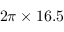
2 \pi \times 1 6 . 5